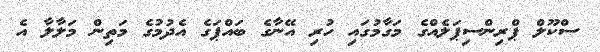
ސްކޫލް ޕްރިންސިޕަލެއްގެ މަގާމުގައި ހުރި އޭނާގެ ބައްޕަގެ އެދުމުގެ މަތިން މަލާލާ އެ